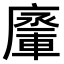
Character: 𨍗